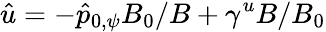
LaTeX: \hat{u}=-\hat{p}_{0,\psi}B_{0}/B+\gamma^{u}B/B_{0}